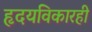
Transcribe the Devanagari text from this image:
हृदयविकारही